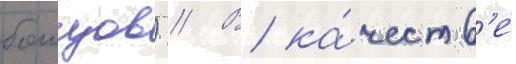
боицов) // В ка́честв'е